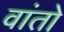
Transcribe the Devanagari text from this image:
वांतो